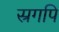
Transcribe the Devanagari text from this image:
स्रगपि